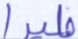
طيرا